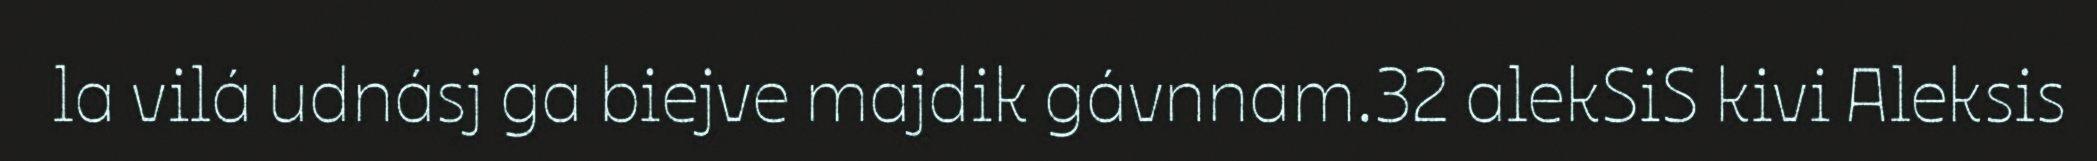
la vilá udnásj ga biejve majdik gávnnam.32 alekSiS kivi Aleksis